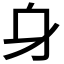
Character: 𨈐